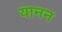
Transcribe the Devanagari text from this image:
यानन